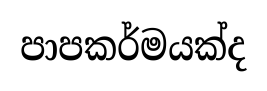
පාපකර්මයක්ද